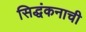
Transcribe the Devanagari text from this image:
सिद्धंकनाची